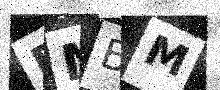
Text: BMBM